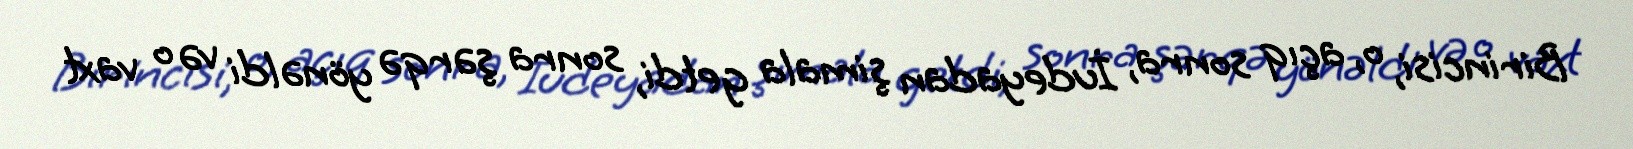
Birincisi, o, açıq sonra, İudeyadan şimala getdi, sonra şərqə yönəldi və o vaxt